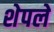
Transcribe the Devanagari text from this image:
शेपले